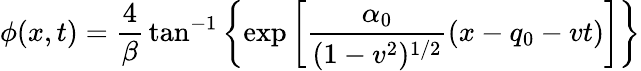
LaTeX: \phi(x,t)={\frac{4}{\beta}}\tan^{-1}\left\{ \exp\left[{\frac{\alpha_{0}}{(1-v^{2})^{1/2}}}(x-q_{0}-vt)\right]\right\}